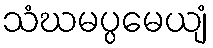
သံဃမပ္ပမေယျံ